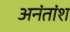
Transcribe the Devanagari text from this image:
अनंतांश